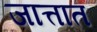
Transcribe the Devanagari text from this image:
जात्तात